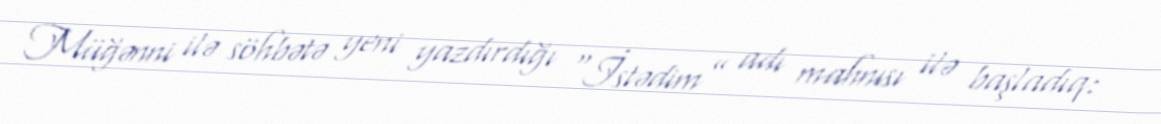
Müğənni ilə söhbətə yeni yazdırdığı “İstədim” adı mahnısı ilə başladıq: